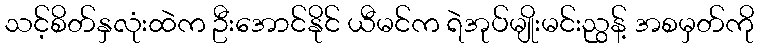
သင့်စိတ်နှလုံးထဲက ဦးအောင်နိုင် ယီမင်က ရဲအုပ်မျိုးမင်းညွန့် အစမှတ်ကို